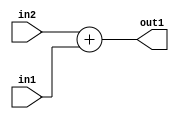
`timescale 1ps / 1ps
/*****************************************************************************
    Verilog RTL Description
    
    
    Created by: Stratus DpOpt 2019.1.01 
*******************************************************************************/

module fix2float_Add_8Ux8U_8U_1 (
	in2,
	in1,
	out1
	); /* architecture "behavioural" */ 
input [7:0] in2,
	in1;
output [7:0] out1;
wire [7:0] asc001;

assign asc001 = 
	+(in2)
	+(in1);

assign out1 = asc001;
endmodule

/* CADENCE  urjwQgg= : u9/ySgnWtBlWxVPRXgAZ4Og= ** DO NOT EDIT THIS LINE ******/